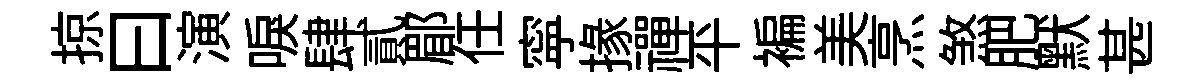
掠曰演唳肆貳郿任寜掾禪平褊美烹煞肥默甚